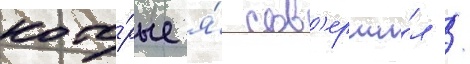
кото́рые я́ сов'ерши́л /